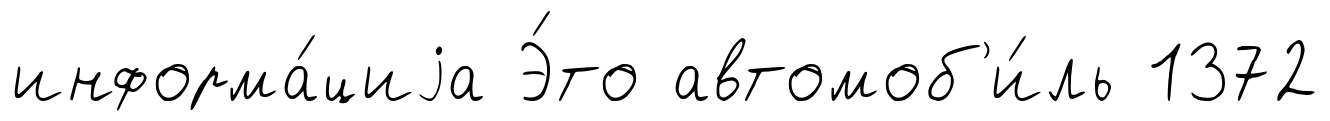
информа́циjа Э́то автомоб'и́ль 1372